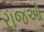
રાજઓ